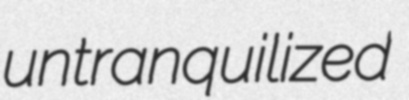
untranquilized